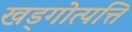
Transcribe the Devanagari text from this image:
खड्गोत्पत्ति